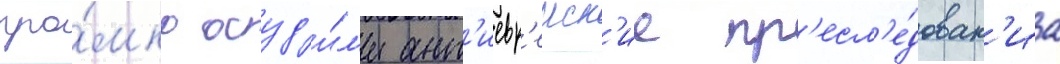
гро́мко осуд'и́л'и ант'иевр'еиск'ие пр'есл'е́дован'иа